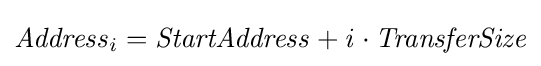
{\mathit {Address}}_{i}={\mathit {StartAddress}}+{\mathit {i}}\cdot {\mathit {TransferSize}}